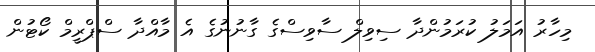
މިހާރު އަމަލު ކުރަމުންދާ ސިވިލް ސާވިސްގެ ގާނުނުގެ އެ މާއްދާ ސްޕްރީމް ކޯޓުން